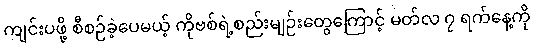
ကျင်းပဖို့ စီစဉ်ခဲ့ပေမယ့် ကိုဗစ်ရဲ့စည်းမျဉ်းတွေကြောင့် မတ်လ ၇ ရက်နေ့ကို